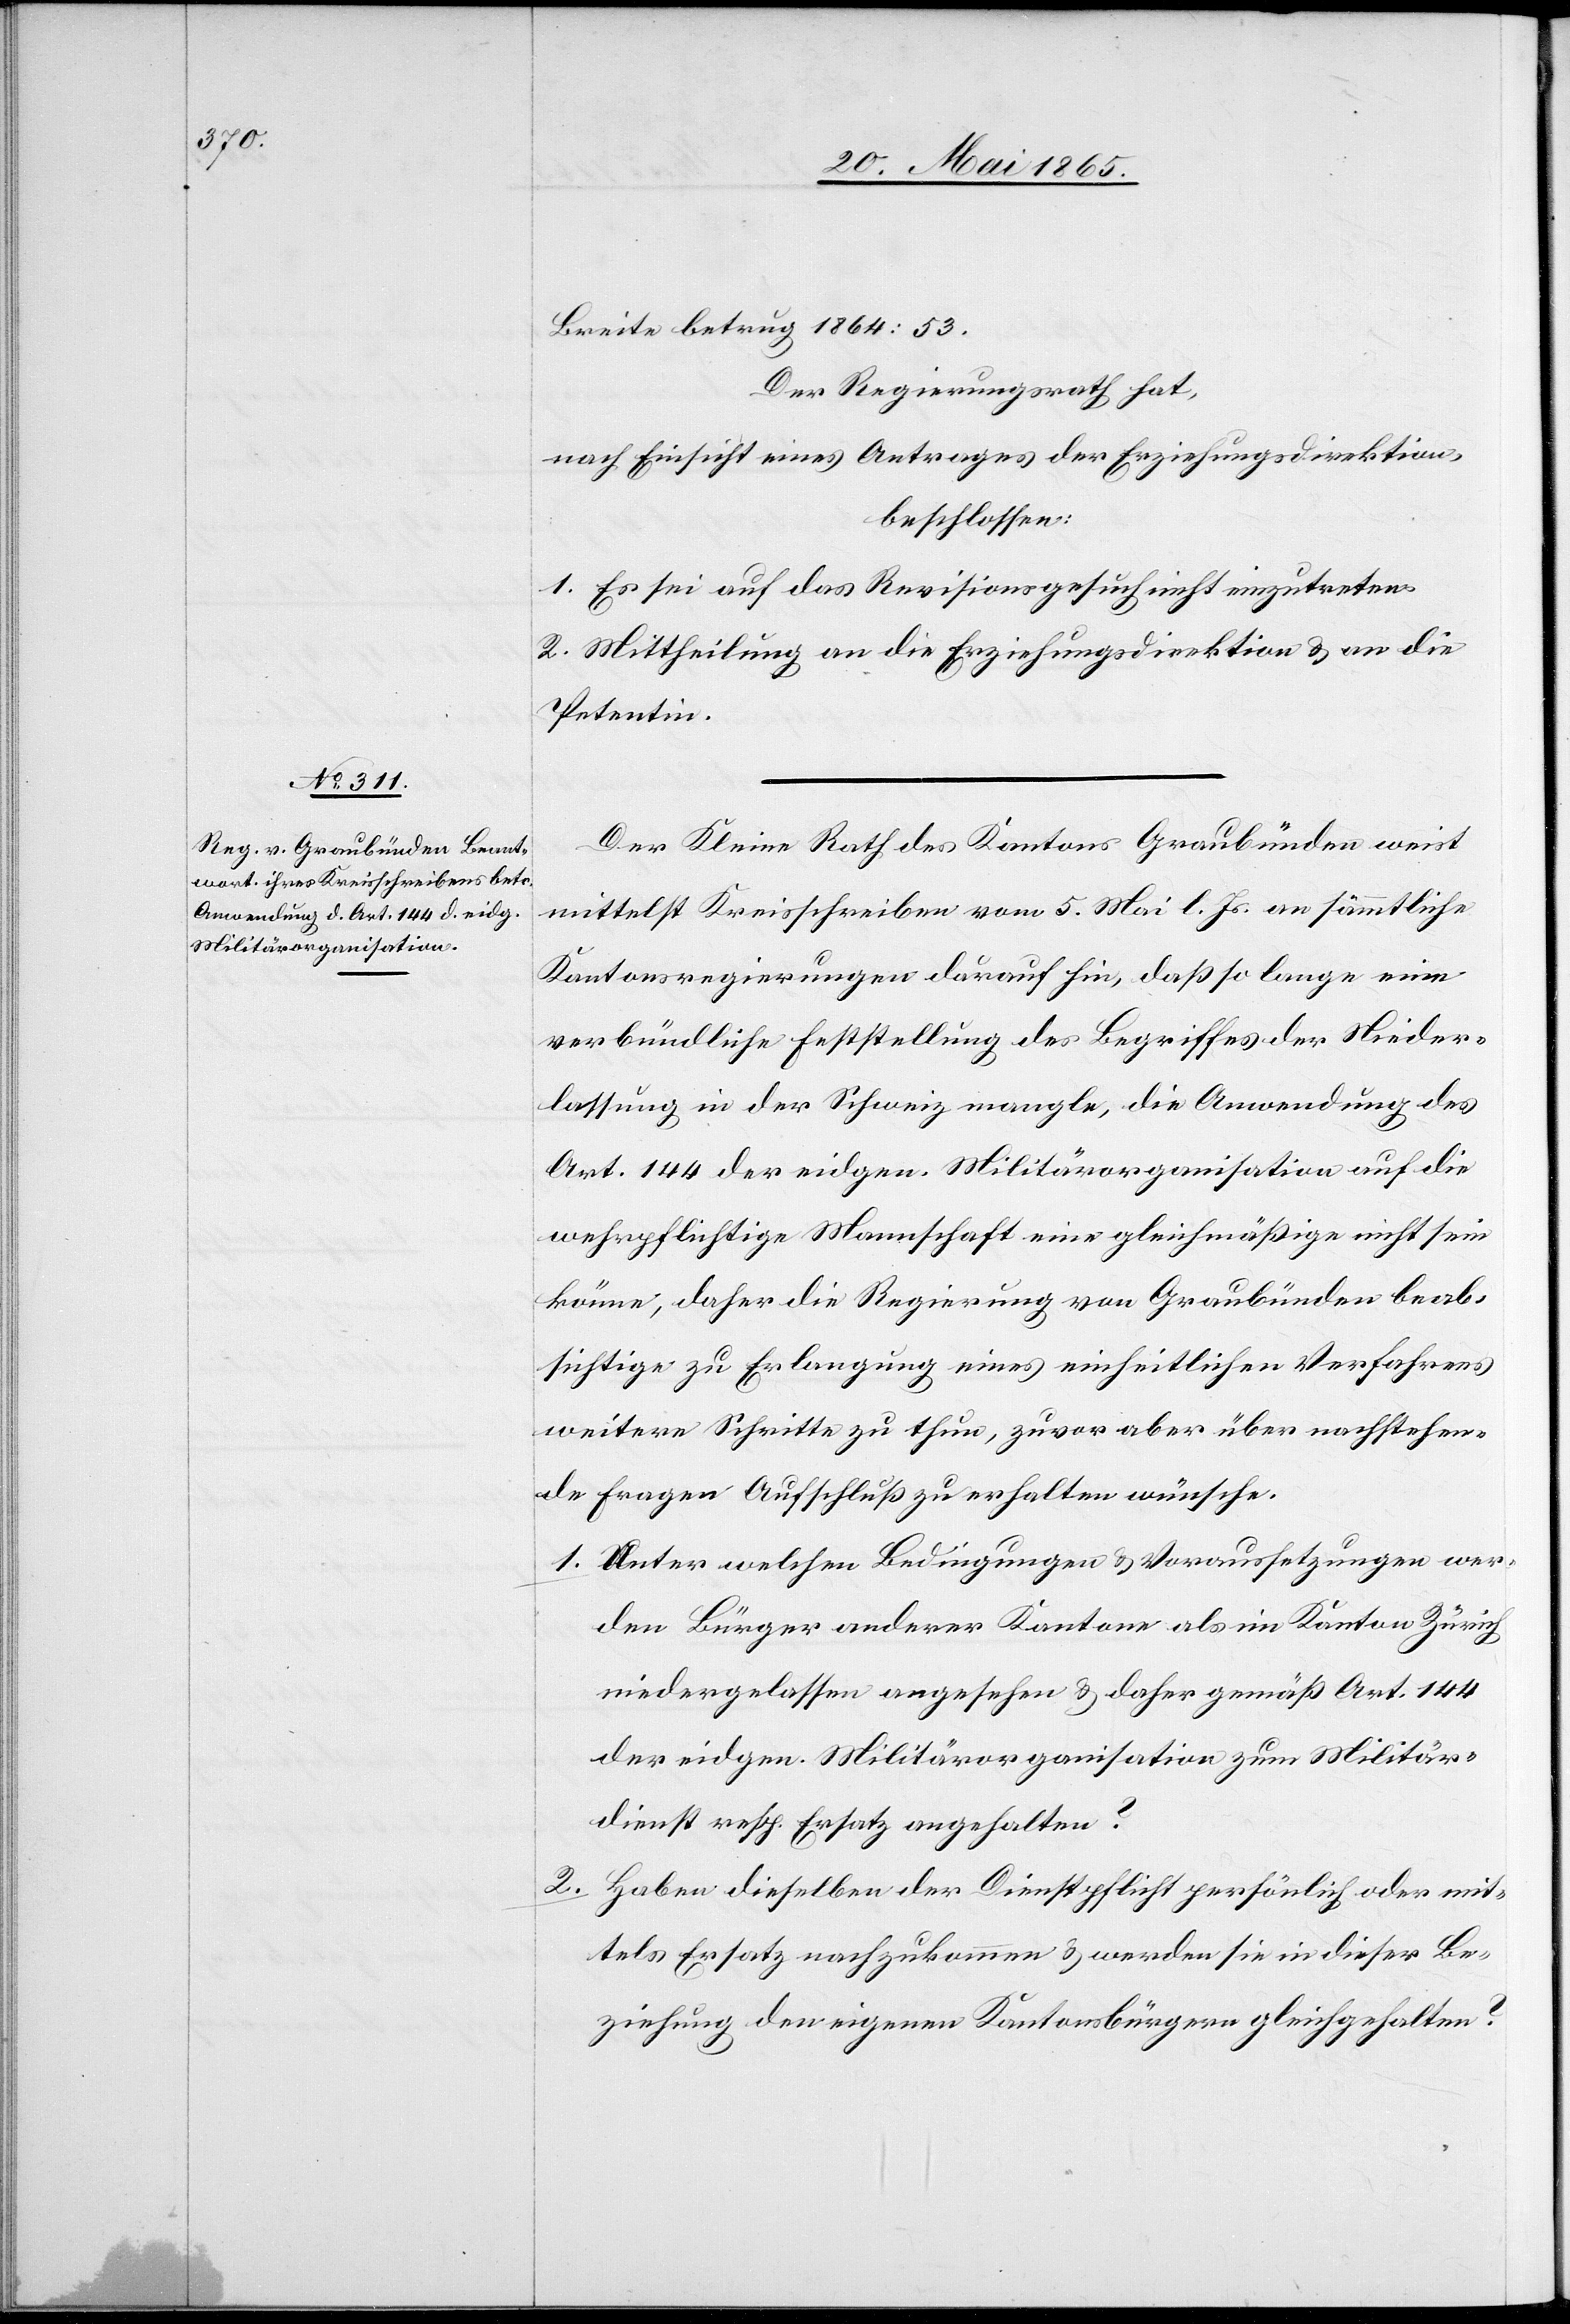
Breite betrug 1864: 53.
Der Regierungsrath hat,
nach Einsicht eines Antrages der Erziehungsdirektion,
beschlossen:
1. Es sei auf das Revisionsgesuch nicht einzutreten.
2. Mittheilung an die Erziehungsdirektion & an die
Petentin.
Der Kleine Rath des Kantons Graubünden weist
mittelst Kreisschreiben vom 5. Mai l. Js. an sämmtliche
Kantonsregierungen darauf hin, daß so lange eine
verbündliche Feststellung des Begriffes der Nieder¬
lassung in der Schweiz mangle, die Anwendung des
Art. 144 der eidgen. Militärorganisation auf die
wehrpflichtige Mannschaft eine gleichmäßige nicht sein
könne, daher die Regierung von Graubünden beab¬
sichtige zur Erlangung eines einheitlichen Verfahrens
weitere Schritte zu thun, zuvor aber über nachstehen¬
de Fragen Aufschluß zu erhalten wünsche.
1. Unter welchen Bedingungen & Voraussetzungen wer¬
den Bürger anderer Kantone als im Kanton Zürich
niedergelassen angesehen & daher gemäß Art. 144
der eidgen. Militärorganisation zum Militär¬
dienst resp. Ersatz angehalten?
2. Haben dieselben der Dienstpflicht persönlich oder mit¬
tels Ersatz nachzukommen & werden sie in dieser Be¬
ziehung den eigenen Kantonsbürgern gleichgehalten